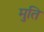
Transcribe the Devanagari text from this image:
मुति